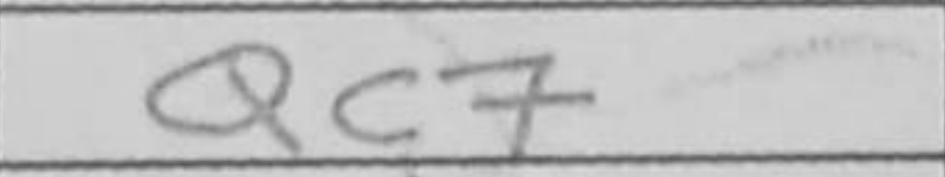
Transcription: Qc7